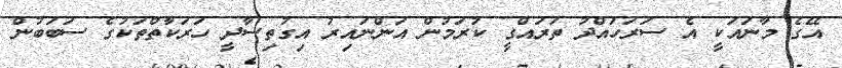
އޭގެ މާނައަކީ އެ ސަރަހައްދު ތަރައްގީ ކުރަމުން އަންނައިރު އިގުތިސާދީ ހަރަކާތްތަކުގެ ސަބަބުން